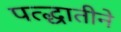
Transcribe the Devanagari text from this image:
पत्द्धातीने